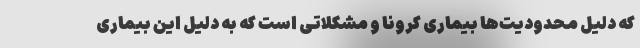
که دلیل محدودیت‌ها بیماری کرونا و مشکلاتی است که به دلیل این بیماری